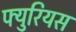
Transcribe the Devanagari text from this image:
फ्युरियस